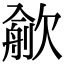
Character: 𣤏